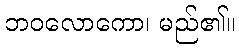
ဘဝလောကော၊ မည်၏။